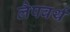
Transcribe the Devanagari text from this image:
लैपवर्थ